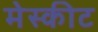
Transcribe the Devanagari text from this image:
मेस्कीट